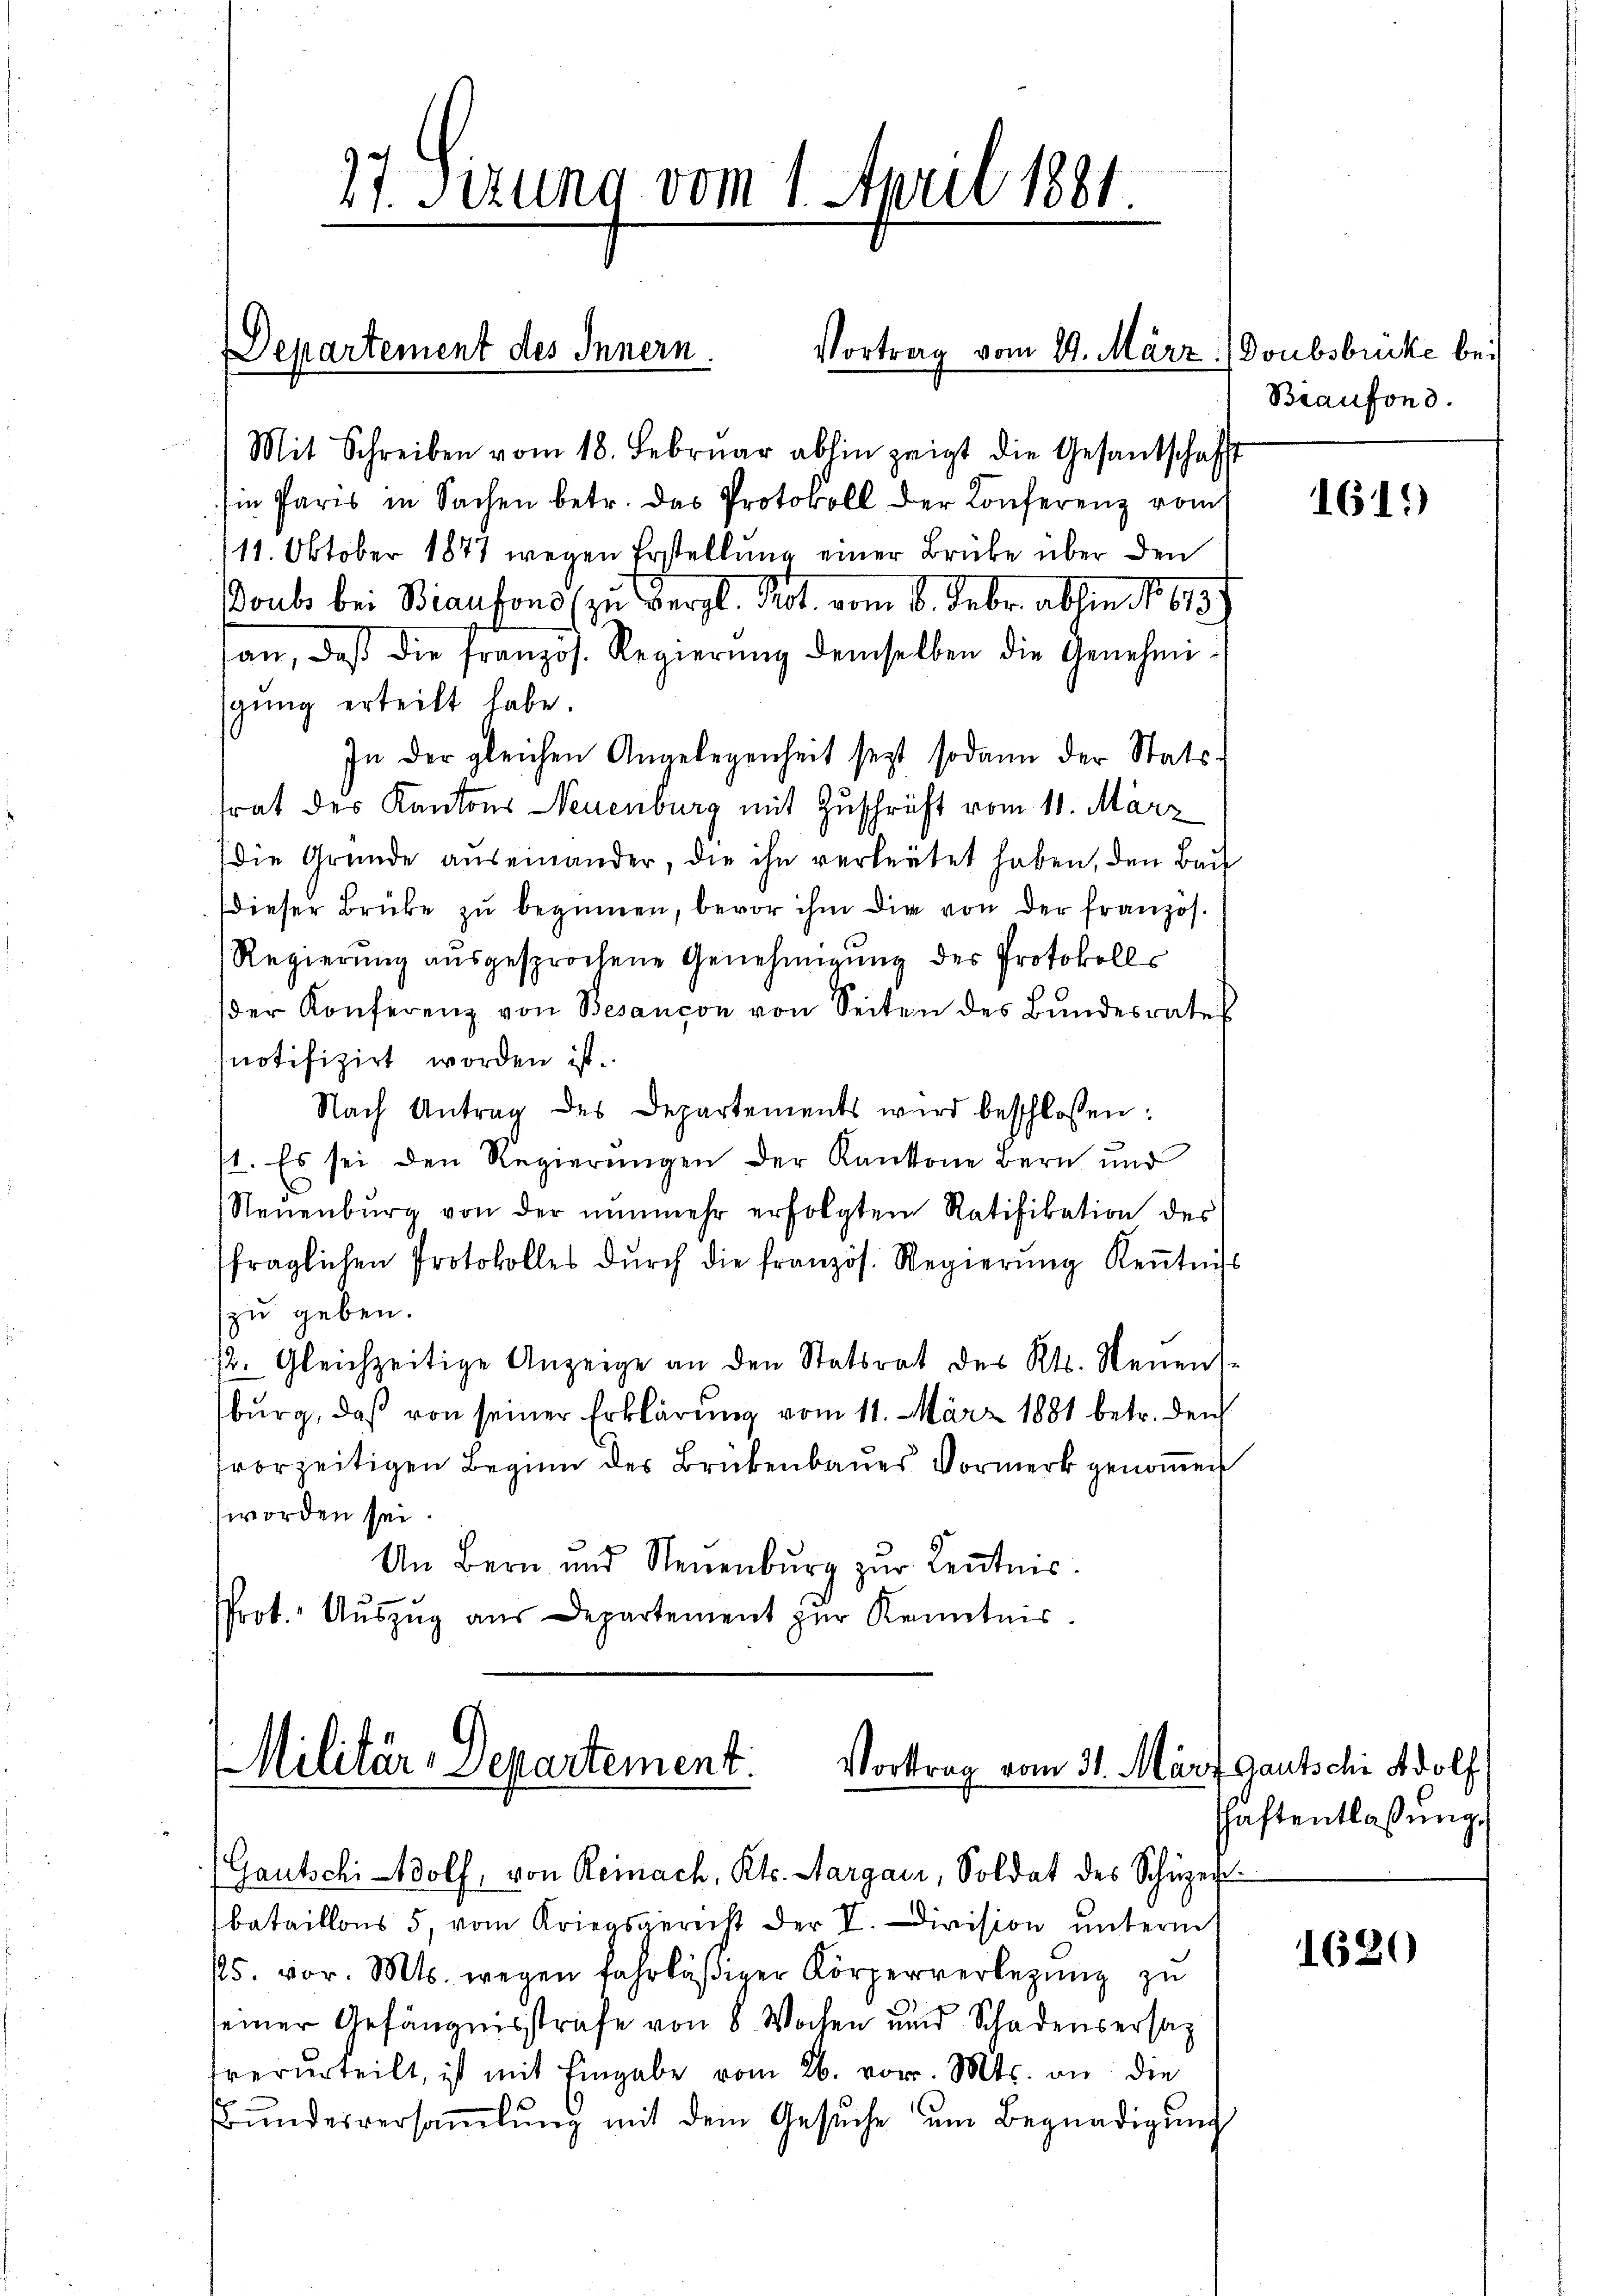
27. Sizung vom 1. April 1881

Departement des Innern.
Vortrag vom 29. März.

Militär-Departement. Vortrag vom 31. März Gautschi Adolf
(Gautschi-Wolf, von Reinach, Kts. Aargau, Soldat des Schüzer¬

Mit Schreiben vom 18. Febrŭar abhin zeigt die Gesantschafft
Ein Paris in Sachen betr. das Protokoll der Konferenz vom
111. Oktober 1877 wegen Erstellung einer Brüke über den
oubs bei Biansons zu Vergl. Kot. vom 6. Febr. abhin No 613.
san, daβ die französ. Regierŭng demselben die Genehmi
gŭng erteilt habe.
In der gleichen Angelegenheit sezt sodann der Stats-
trat des Kantons Neuenburg mit Zuschrift vom 11. März
die Gründe auseinander, die ihn verleutet haben, den Bau
dieser Brüke zu beginnen, bevor ihm die von der französ.
Regierung ausgesprochene Genehmigung des Protokolls
der Konferenz von Besançon von Seiten des Bŭndesrates
notifizirt worden ist.
Nach Antrag des Departements wird beschlossen:
1. Es sei den Regierŭngen der Kantone Bern und
Neŭenbŭrg von der nŭnmehr erfolgten Ratifikation des
fraglichen Protokolles dŭrch die französ. Regierŭng Keṅtniss
zu geben.
2. Gleichzeitige Anzeige an den Statsrat des Kts. Neuensburg, daß von seiner Erklärung vom 11. März 1881 betr. den
vorzeitigen Beginn des Brückenbaues Vormerk genommen
worden sei.
Um Bern und Neuenburg zŭr Kenntnis.
Prot. Aŭszŭg aŭs Departement zŭr Kenntnis.

bataillons 5, vom Kriegsgericht der V. Division unterm
15. vor. Mts. wegen fahrläβiger Körperverlegŭng zu
seiner Gefängnisstrafe von 8 Wochen und Schadensersatz
verurteilt, ist mit Eingabe vom 26. vor. Mts. an die
Bŭndesversaṁlŭng mit dem Gesŭche ŭm Begnadigŭng

Doubsbrücke bei
Biaufond.

161)

schaftentlaßung.

1620